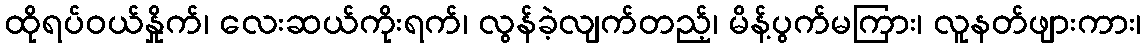
ထိုရပ်ဝယ်နှိုက်၊ လေးဆယ်ကိုးရက်၊ လွန်ခဲ့လျက်တည့်၊ မိန့်ပွက်မကြား၊ လူနတ်ဖျားကား၊